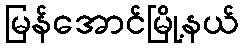
မြန်အောင်မြို့နယ်